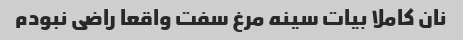
نان کاملا بیات سینه مرغ سفت واقعا راضی نبودم